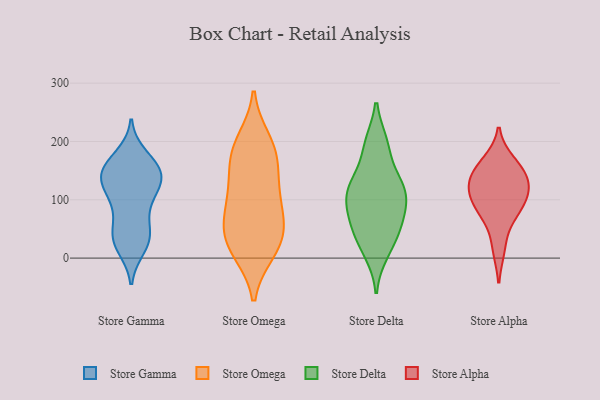
{"axis": {"x": "Customer Acquisition Cost (USD)", "y": "Value"}, "legend": ["Store Alpha", "Store Delta", "Store Gamma", "Store Omega"], "data": [{"x": "", "y": 30, "type": "Store Gamma"}, {"x": "", "y": 38, "type": "Store Gamma"}, {"x": "", "y": 75, "type": "Store Gamma"}, {"x": "", "y": 139, "type": "Store Gamma"}, {"x": "", "y": 102, "type": "Store Gamma"}, {"x": "", "y": 160, "type": "Store Gamma"}, {"x": "", "y": 147, "type": "Store Gamma"}, {"x": "", "y": 103, "type": "Store Gamma"}, {"x": "", "y": 38, "type": "Store Gamma"}, {"x": "", "y": 19, "type": "Store Gamma"}, {"x": "", "y": 174, "type": "Store Gamma"}, {"x": "", "y": 124, "type": "Store Gamma"}, {"x": "", "y": 149, "type": "Store Gamma"}, {"x": "", "y": 36, "type": "Store Gamma"}, {"x": "", "y": 123, "type": "Store Gamma"}, {"x": "", "y": 149, "type": "Store Gamma"}, {"x": "", "y": 149, "type": "Store Gamma"}, {"x": "", "y": 23, "type": "Store Omega"}, {"x": "", "y": 13, "type": "Store Omega"}, {"x": "", "y": 99, "type": "Store Omega"}, {"x": "", "y": 123, "type": "Store Omega"}, {"x": "", "y": 111, "type": "Store Omega"}, {"x": "", "y": 58, "type": "Store Omega"}, {"x": "", "y": 200, "type": "Store Omega"}, {"x": "", "y": 173, "type": "Store Omega"}, {"x": "", "y": 18, "type": "Store Omega"}, {"x": "", "y": 62, "type": "Store Omega"}, {"x": "", "y": 48, "type": "Store Omega"}, {"x": "", "y": 169, "type": "Store Omega"}, {"x": "", "y": 188, "type": "Store Omega"}, {"x": "", "y": 30, "type": "Store Delta"}, {"x": "", "y": 105, "type": "Store Delta"}, {"x": "", "y": 59, "type": "Store Delta"}, {"x": "", "y": 196, "type": "Store Delta"}, {"x": "", "y": 130, "type": "Store Delta"}, {"x": "", "y": 192, "type": "Store Delta"}, {"x": "", "y": 129, "type": "Store Delta"}, {"x": "", "y": 102, "type": "Store Delta"}, {"x": "", "y": 76, "type": "Store Delta"}, {"x": "", "y": 10, "type": "Store Delta"}, {"x": "", "y": 54, "type": "Store Delta"}, {"x": "", "y": 117, "type": "Store Delta"}, {"x": "", "y": 77, "type": "Store Alpha"}, {"x": "", "y": 101, "type": "Store Alpha"}, {"x": "", "y": 77, "type": "Store Alpha"}, {"x": "", "y": 133, "type": "Store Alpha"}, {"x": "", "y": 165, "type": "Store Alpha"}, {"x": "", "y": 117, "type": "Store Alpha"}, {"x": "", "y": 142, "type": "Store Alpha"}, {"x": "", "y": 17, "type": "Store Alpha"}, {"x": "", "y": 153, "type": "Store Alpha"}, {"x": "", "y": 111, "type": "Store Alpha"}]}